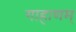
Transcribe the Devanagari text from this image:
गाहाणम्